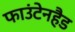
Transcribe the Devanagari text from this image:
फाउंटेनहैड